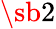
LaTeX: \sb{2}